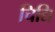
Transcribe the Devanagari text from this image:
चिद्यि